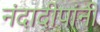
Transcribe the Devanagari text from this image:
नंदादीपांनी